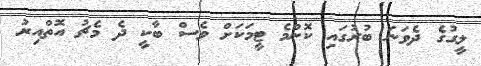
ލީގުގެ ދެވަނަ ބުރުގައި ކޮންމެ ޓީމަކަށް ވެސް ބާކީ ދެ މެޗު އޮތްއިރު